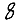
Digit: 8